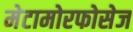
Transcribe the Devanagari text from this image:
मेटामोरफोसेज